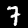
Label: 7